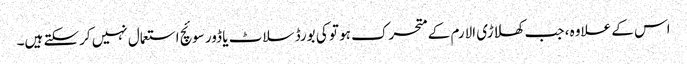
اس کے علاوہ ، جب کھلاڑی الارم کے متحرک ہو تو کی بورڈ سلاٹ یا ڈور سوئچ استعمال نہیں کرسکتے ہیں۔